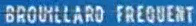
BROUILLARD FREQUENT